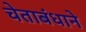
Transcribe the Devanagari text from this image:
चेताबंधाने